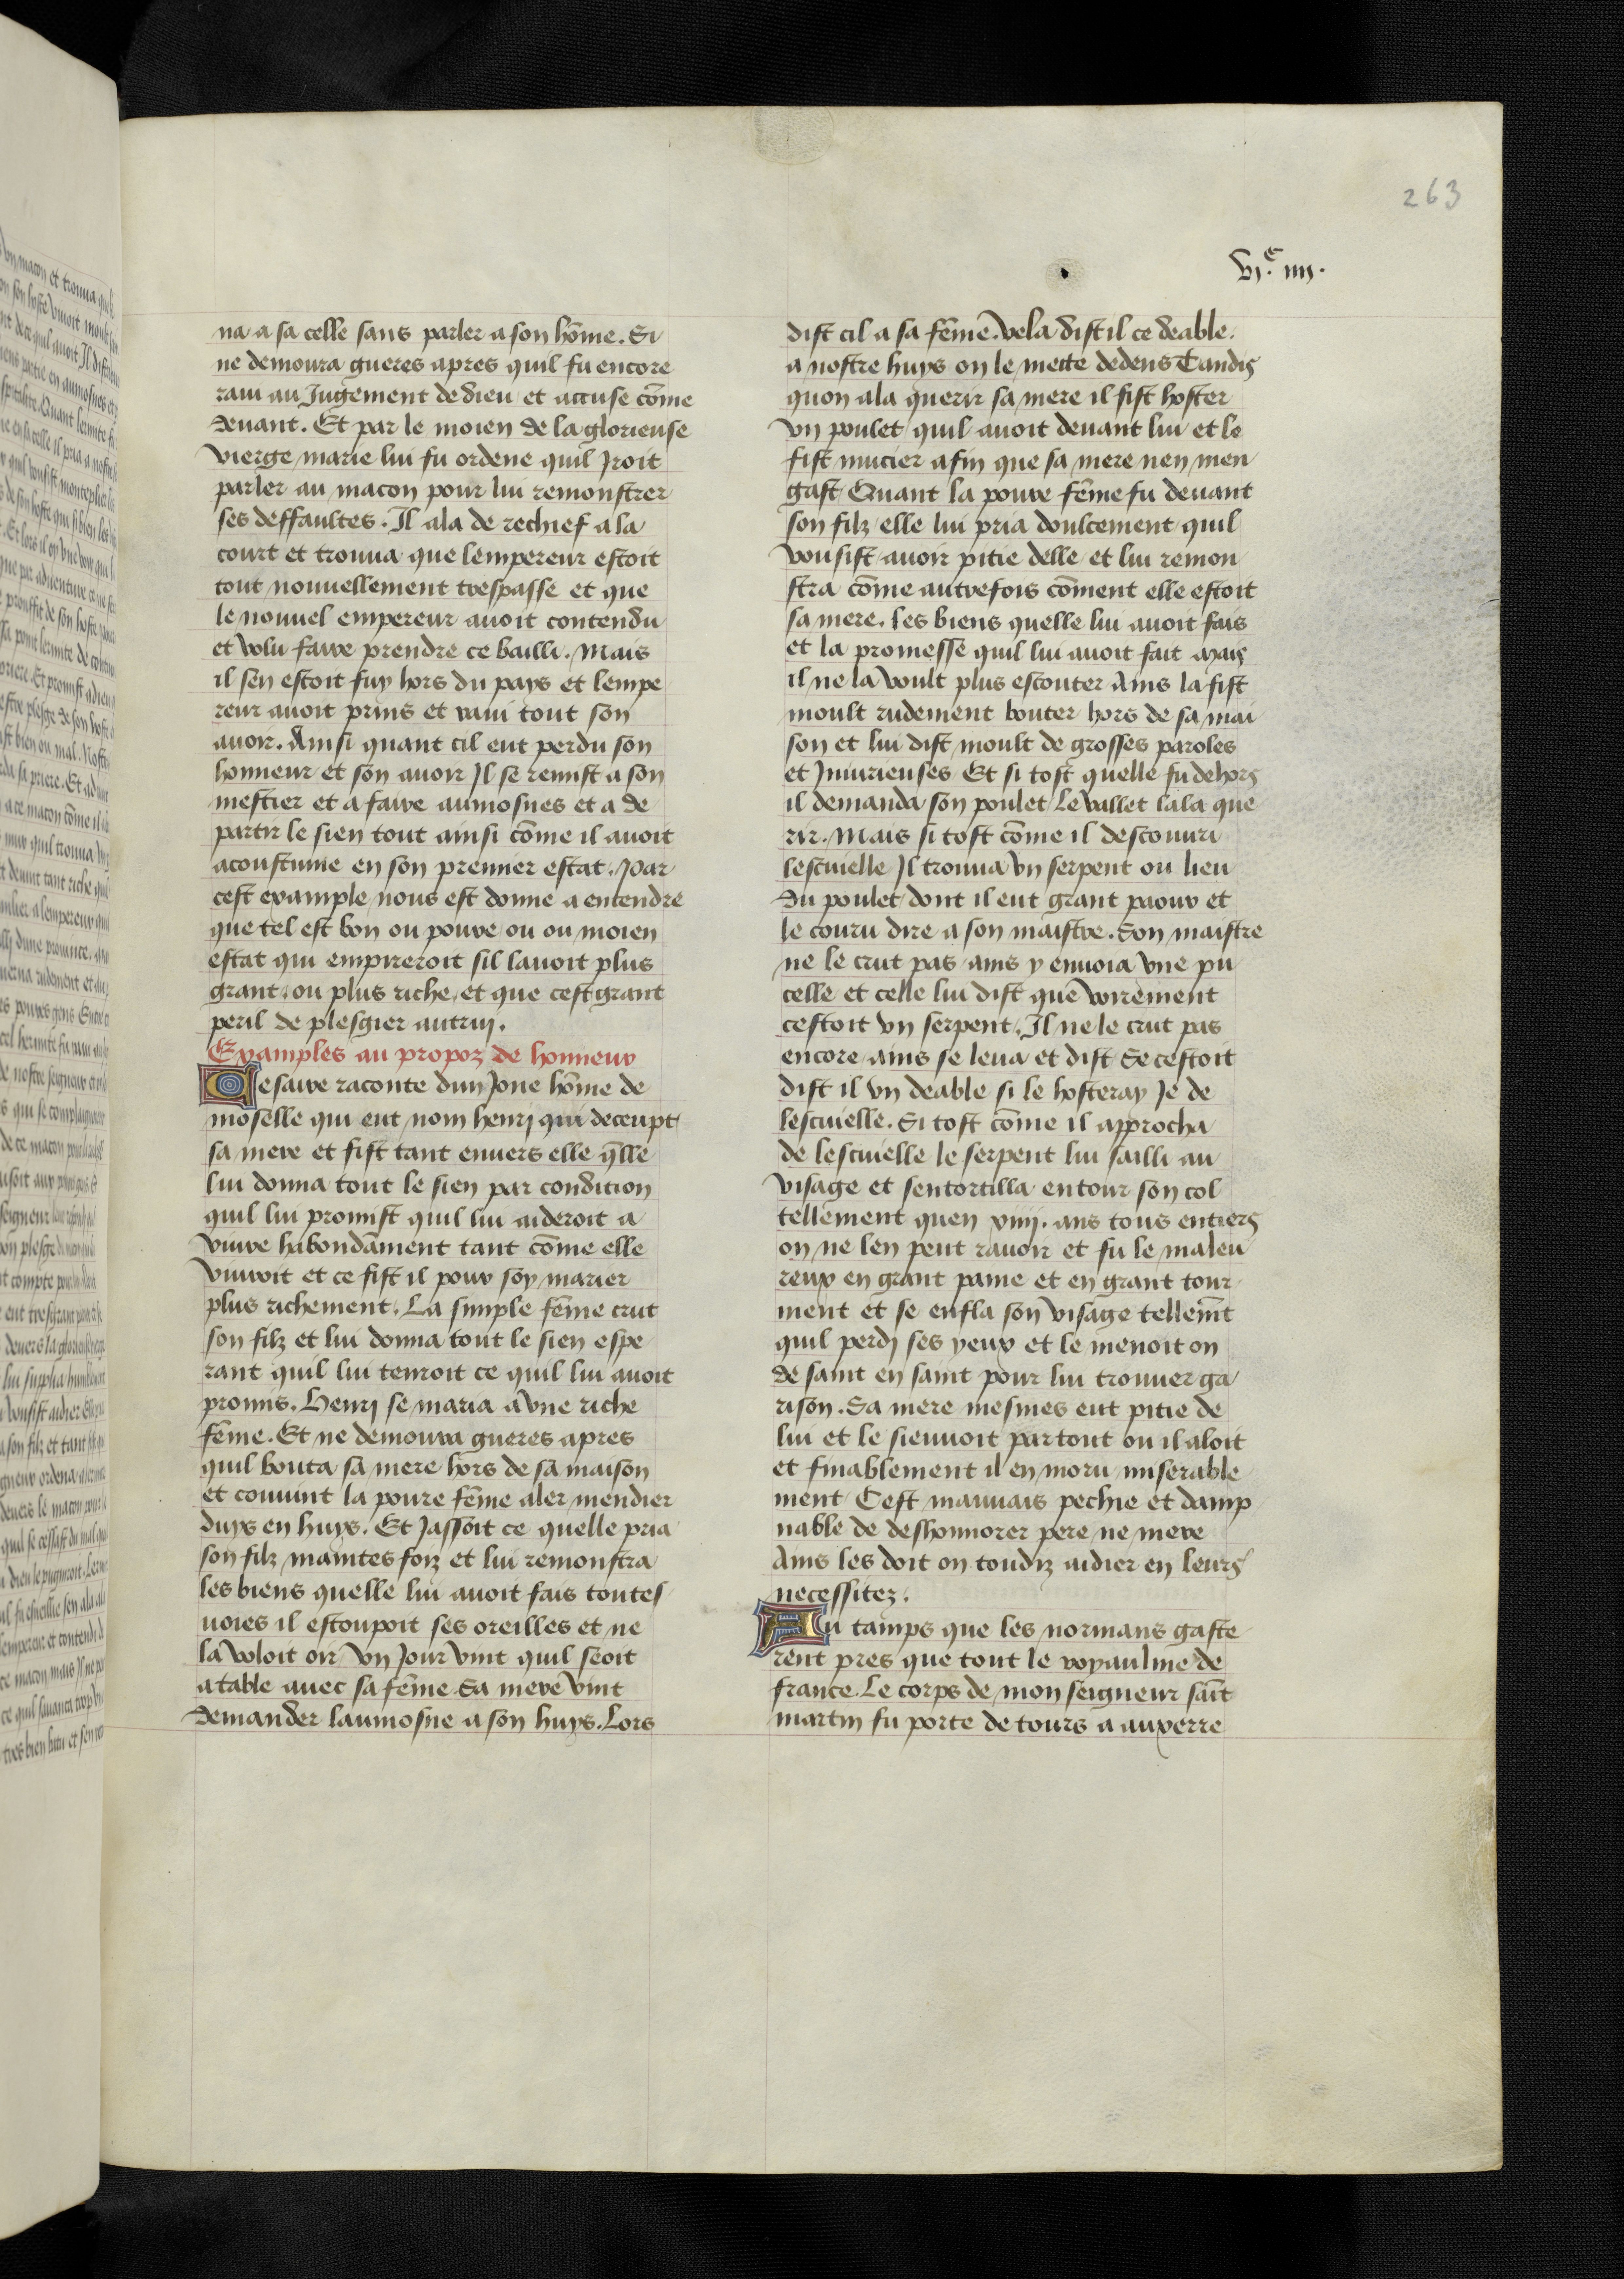
Shelfmark: Bruxelles, KBR, ms. 9232
Century: 15